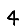
Digit: 4